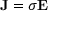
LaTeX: \mathbf { J } = \sigma \mathbf { E }